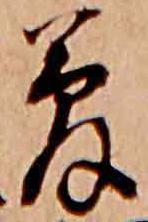
夢